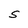
Character: S